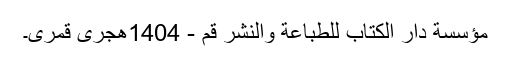
مؤسسة دار الكتاب للطباعة والنشر قم - 1404هجری قمری۔